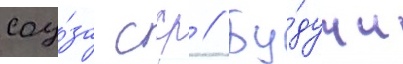
соу́за сср // Бу́дучи